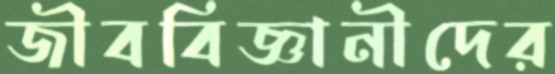
জীববিজ্ঞানীদের